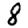
Digit: 8